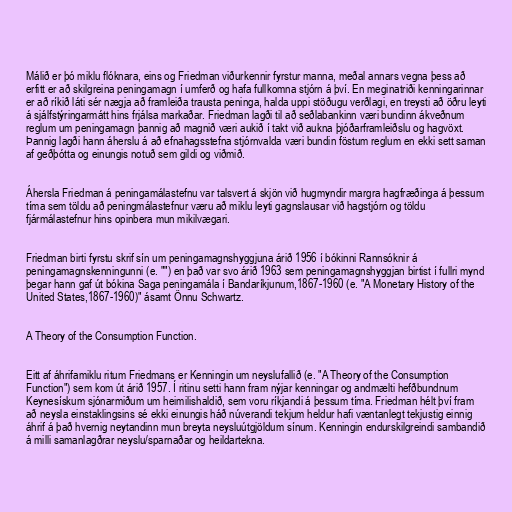
Málið er þó miklu flóknara, eins og Friedman viðurkennir fyrstur manna, meðal annars vegna þess að
erfitt er að skilgreina peningamagn í umferð og hafa fullkomna stjórn á því. En meginatriði kenningarinnar
er að ríkið láti sér nægja að framleiða trausta peninga, halda uppi stöðugu verðlagi, en treysti að öðru leyti
á sjálfstýringarmátt hins frjálsa markaðar. Friedman lagði til að seðlabankinn væri bundinn ákveðnum
reglum um peningamagn þannig að magnið væri aukið í takt við aukna þjóðarframleiðslu og hagvöxt.
Þannig lagði hann áherslu á að efnahagsstefna stjórnvalda væri bundin föstum reglum en ekki sett saman
af geðþótta og einungis notuð sem gildi og viðmið.

Áhersla Friedman á peningamálastefnu var talsvert á skjön við hugmyndir margra hagfræðinga á þessum
tíma sem töldu að peningmálastefnur væru að miklu leyti gagnslausar við hagstjórn og töldu
fjármálastefnur hins opinbera mun mikilvægari.

Friedman birti fyrstu skrif sín um peningamagnshyggjuna árið 1956 í bókinni Rannsóknir á
peningamagnskenningunni (e. "") en það var svo árið 1963 sem peningamagnshyggjan birtist í fullri mynd
þegar hann gaf út bókina Saga peningamála í Bandaríkjunum,1867-1960 (e. "A Monetary History of the
United States,1867-1960)" ásamt Önnu Schwartz.

A Theory of the Consumption Function.

Eitt af áhrifamiklu ritum Friedmans er Kenningin um neyslufallið (e. "A Theory of the Consumption
Function") sem kom út árið 1957. Í ritinu setti hann fram nýjar kenningar og andmælti hefðbundnum
Keynesískum sjónarmiðum um heimilishaldið, sem voru ríkjandi á þessum tíma. Friedman hélt því fram
að neysla einstaklingsins sé ekki einungis háð núverandi tekjum heldur hafi væntanlegt tekjustig einnig
áhrif á það hvernig neytandinn mun breyta neysluútgjöldum sínum. Kenningin endurskilgreindi sambandið
á milli samanlagðrar neyslu/sparnaðar og heildartekna.